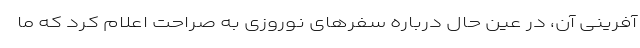
آفرینی آن، در عین حال درباره سفرهای نوروزی به صراحت اعلام کرد که ما